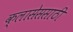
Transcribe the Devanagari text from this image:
क्लासेससाठी